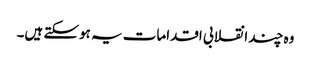
وہ چند انقلابی اقدامات یہ ہوسکتے ہیں۔